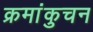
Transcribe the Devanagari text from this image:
क्रमांकुचन